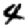
Digit: 4